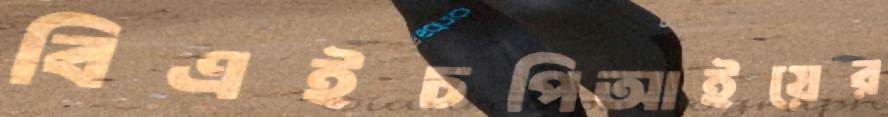
বিএইচপিআইয়ের